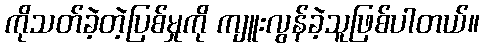
ကိုသတ်ခဲ့တဲ့ပြစ်မှုကို ကျူးလွန်ခဲ့သူဖြစ်ပါတယ်။